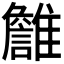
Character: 𩁏